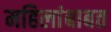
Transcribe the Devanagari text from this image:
महिलांबाबत